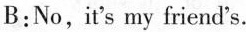
B:No,it's my friend's.